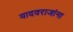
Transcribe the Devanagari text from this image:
यादवराजांना